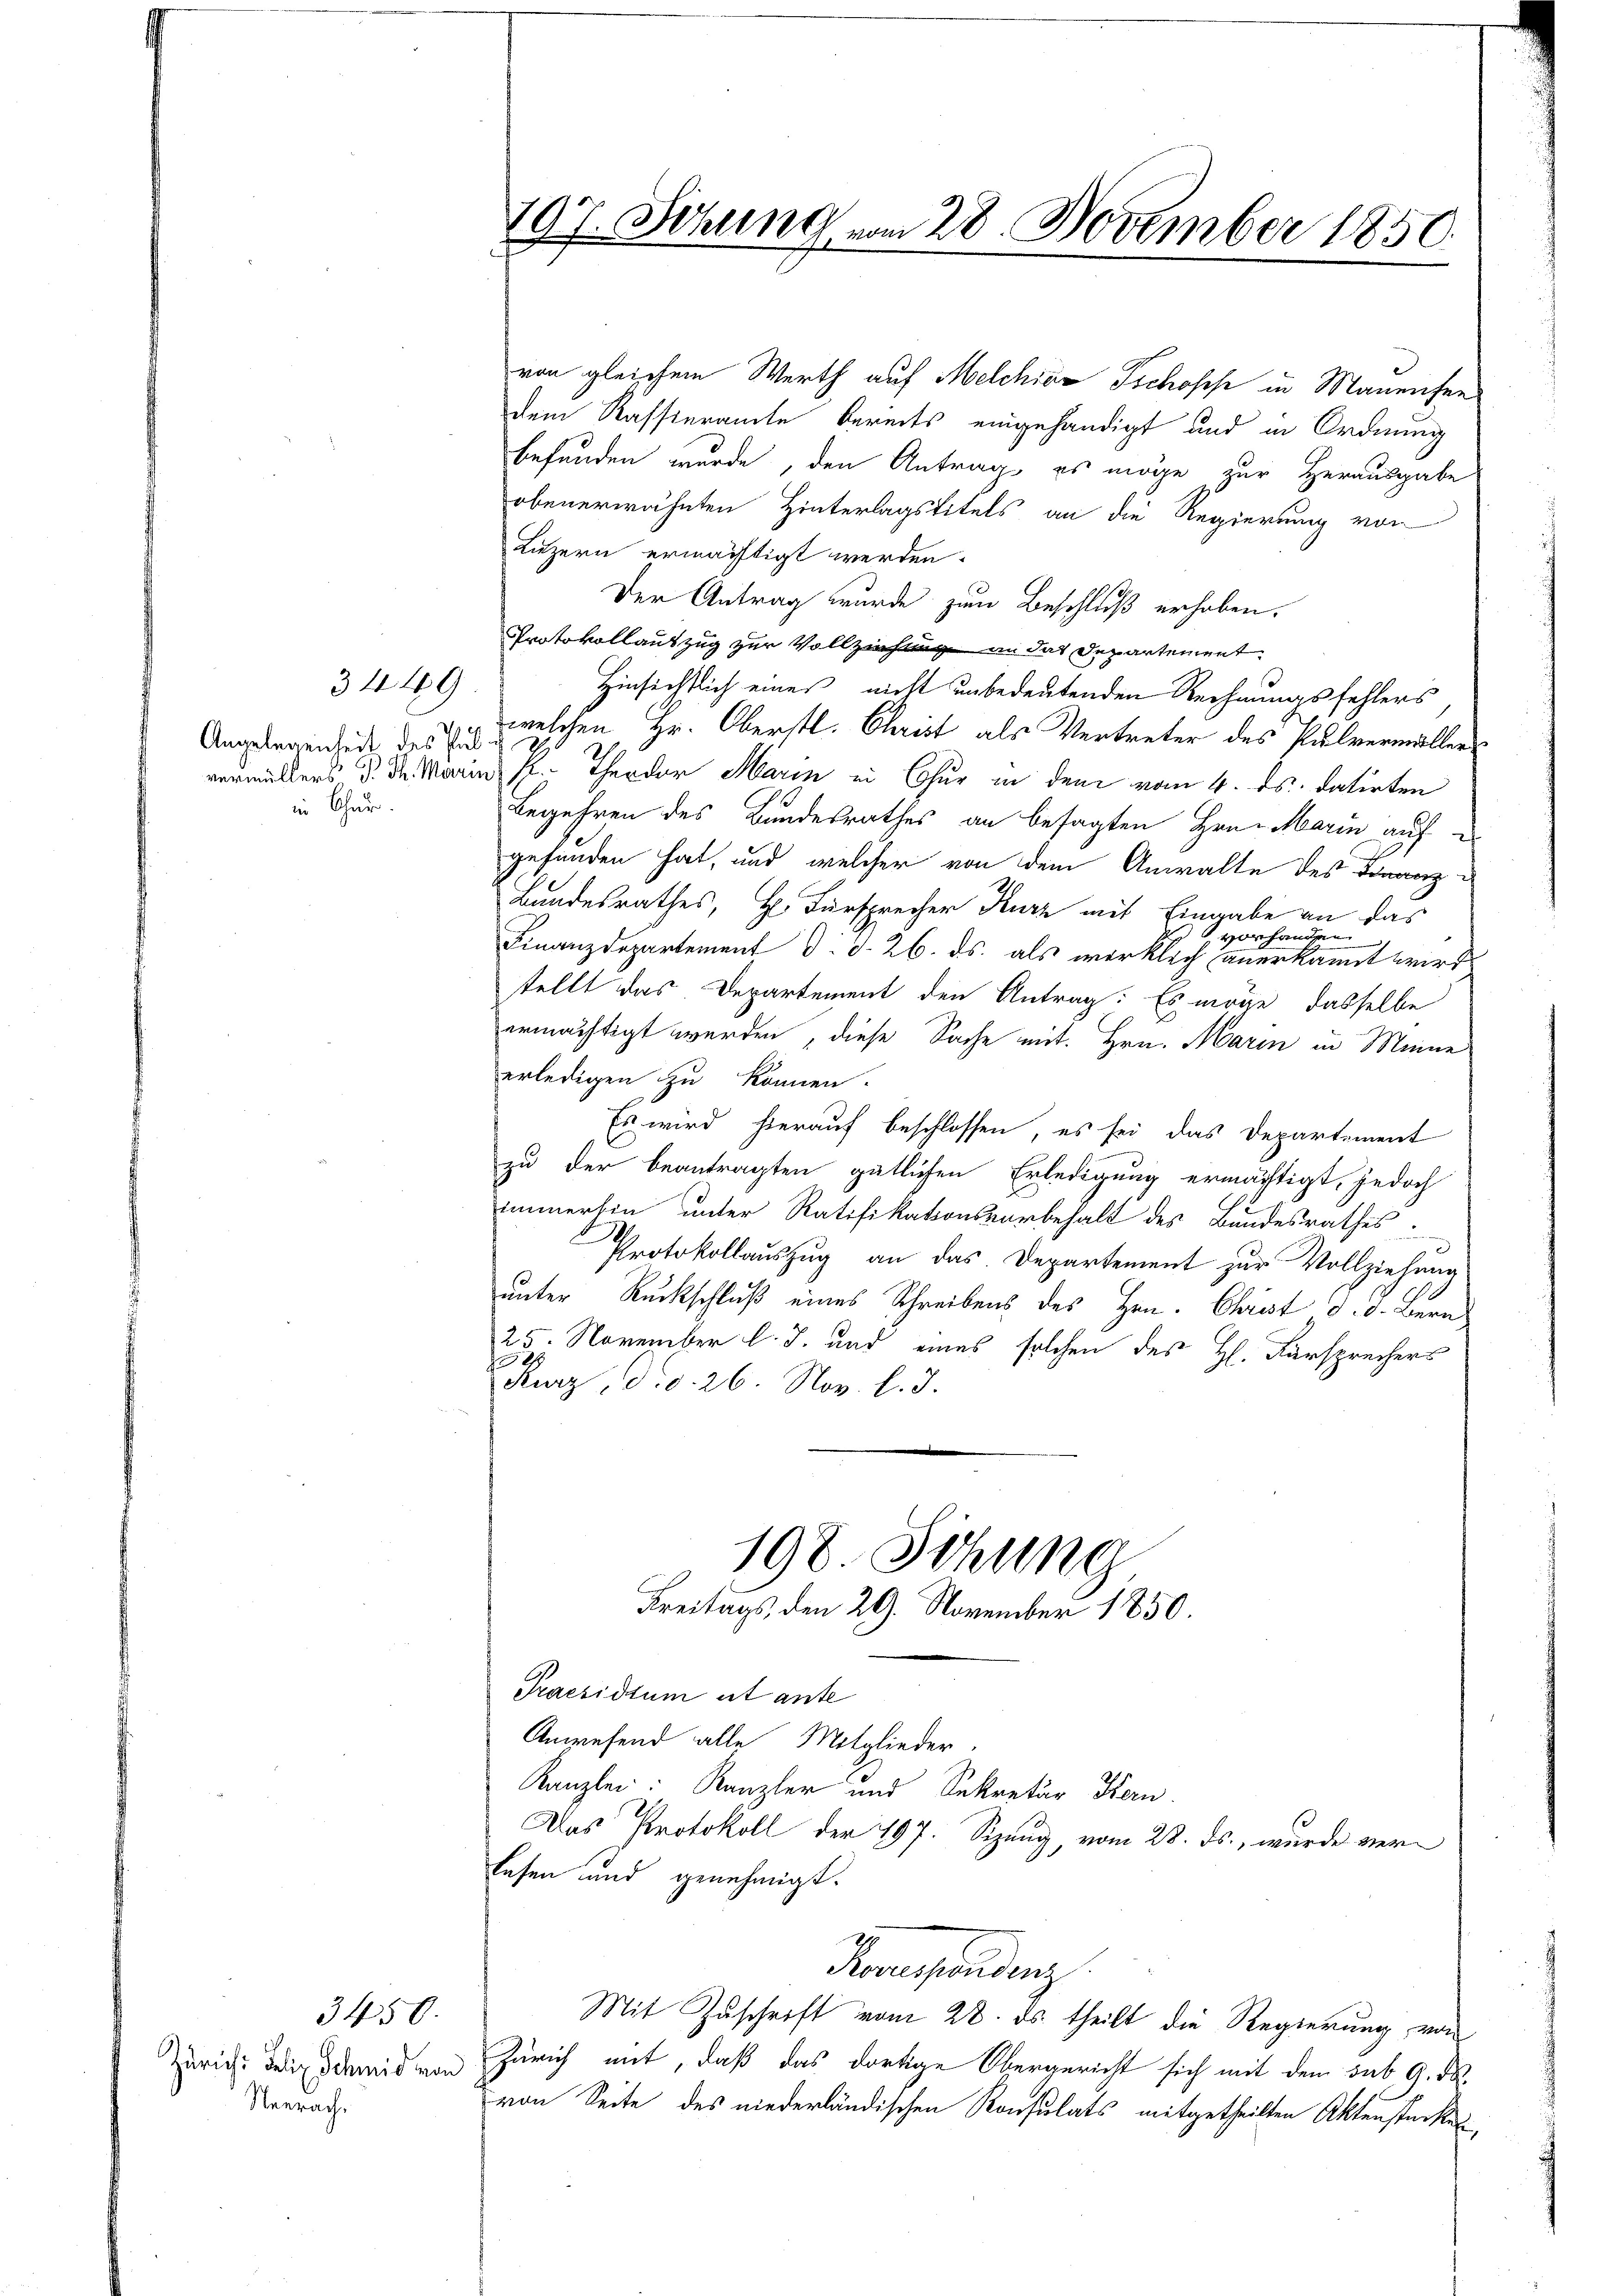
3449

Angelegenheit des Pulin Chur.

Zürich: Felix Schmid von
Neerach.

3450.

von gleichem Werth auf Melchias Tschoses in Manensen
dem Kassteramte bereits eingehändigt und in Ordnung
befunden wurde, den Antrag es möge zur Herausgabe
obenerwähnten Hinterlagstitels an die Regierung von
Luzern ermächtigt werden.
Der Antrag wurde zum Beschluß erhaben.
Protokollauszug zur Vollziehtung an das Departement
Hinsichtlich eines nicht unbedeutenden Rechnungsfehlers
welchen Hr. Oberstl. Christ als Vertreter des Pulvermüllervermüllers d. d. Marin s. Theodor Marin in Chur in dem vom 4. ds. datirten
Begehren des Bandesrathes an besagten Hrn. Marin auf
gefunden hat, und welcher von dem Anwalte des Finanz-
Bandesrathes, Hr. Fürsprecher Kurz mit Eingabe an das
en
vorhand
Finanzdepartement d. d. 26. ds. als wirklich anerkannt wird.
stellt das Departement den Antrag: Es möge, dasselbe
ermächtigt werden, diese Sache mit. Hrn. Marin in Menne
erledigen zu können.
Es wird hierauf beschlossen, es sei das Departement
zu der beantragten gütlichen Erledigung ermächtigt, jedoch
immerhin unter Ratifikationsvorbehalt des Bundesrathes.
Protokollauszug an das Departement zur Vollziehung
unter Rückschluß eines Schreibens des Hrn. Christ d. d. Bern
25. November l. J. und eines solchen des H. Fürsprechers
s
Kurz d. d. 26. Nov. l. J.

197. Sitzung vom 28. November 1850.

198. Sitzung
Freitags, den 29. November 1850.

Praesidium ist ante
Anwesend alle Mitglieder.
Kanzlei: Kanzler und Sekretär Kern
Das Protokoll der 197. Sizung, vom 28. ds., wurde verlesen und genehmigt.
Praesendenz
Mit Zuschrift vom 28. ds. theilt die Regierung von
Zürich mit, daß das dortige Obergericht sich mit dem sub 9. d.
von Seite des niederländischen Konsulats mitgetheilten Aktenstückes,